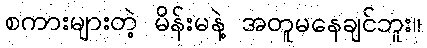
စကားများတဲ့ မိန်းမနဲ့ အတူမနေချင်ဘူး။